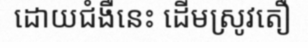
ដោយជំងឺនេះ ដើមស្រូវតឿ